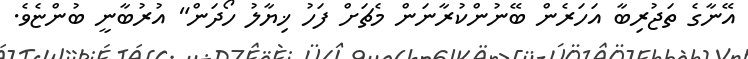
އޭނާގެ ތަޖުރިބާ އަހަރެން ބޭނުންކުރާނަން މެޗަށް ފަހު ޚިޔާލު ހޯދަން" އުރުބާނީ ބުންޏެވެ.